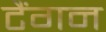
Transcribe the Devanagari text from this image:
टैंगन